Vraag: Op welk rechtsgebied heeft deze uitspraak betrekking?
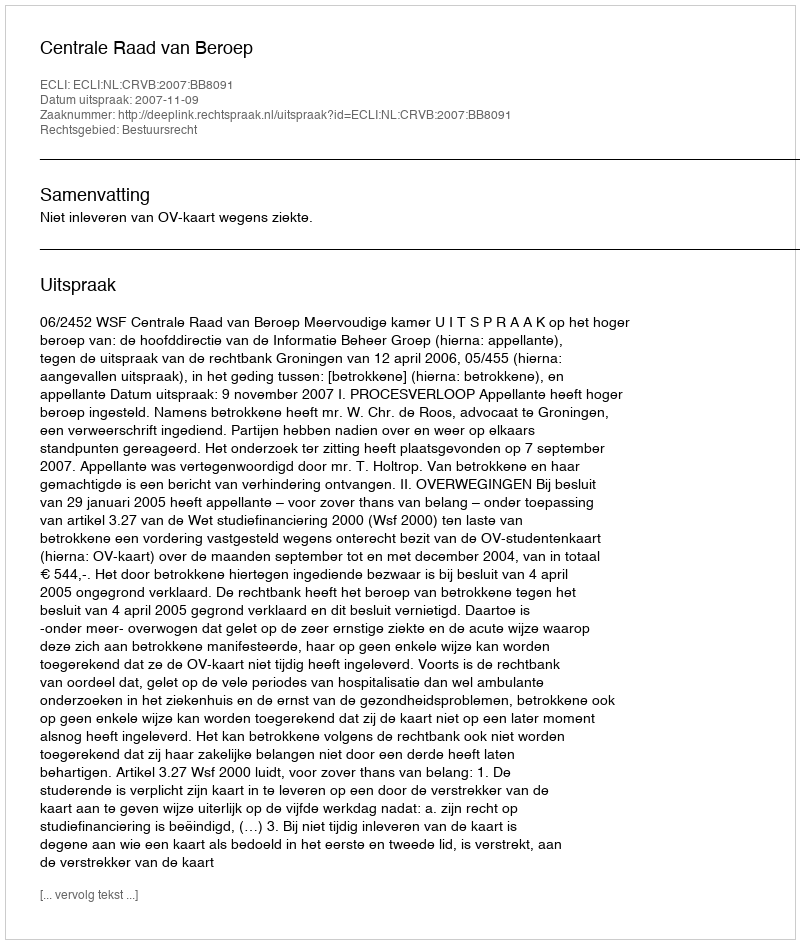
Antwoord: Bestuursrecht